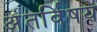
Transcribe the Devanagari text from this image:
अंतर्विषय